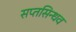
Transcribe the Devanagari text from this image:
सप्तसिन्धव